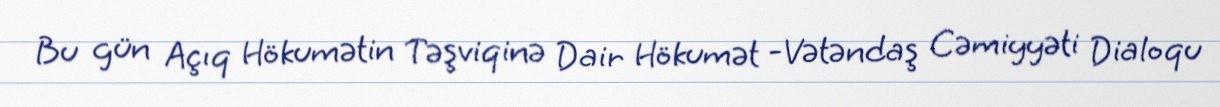
Bu gün Açıq Hökumətin Təşviqinə Dair Hökumət -Vətəndaş Cəmiyyəti Dialoqu